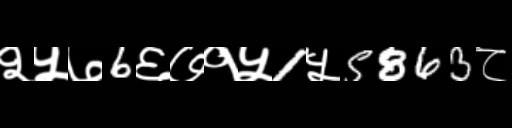
Text: २५७6६७१५1५5863८